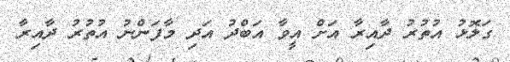
ގަލޮޅު އުތުރު ދާއިރާ އަށް އީވާ އަބްދު އަދި މާފަންނު އުތުރު ދާއިރާ